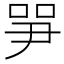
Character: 㖐